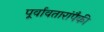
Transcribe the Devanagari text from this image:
पूर्वावतारांपैकी